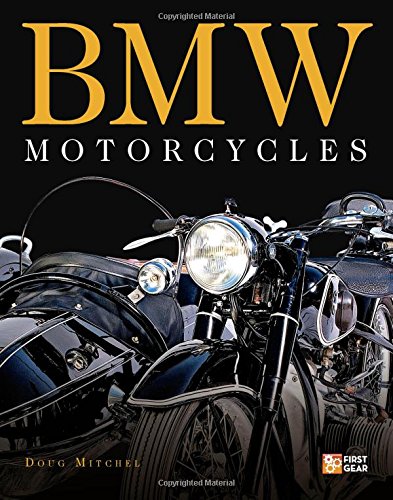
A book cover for BMW Motorcycles (First Gear); Doug Mitchel; Arts & Photography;